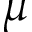
\mu